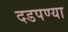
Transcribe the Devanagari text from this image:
दडपण्या